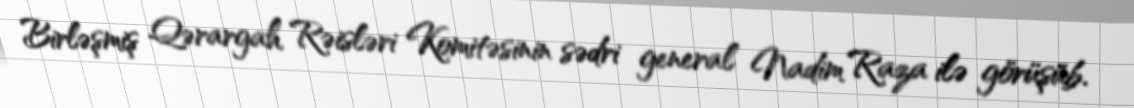
Birləşmiş Qərargah Rəisləri Komitəsinin sədri general Nadim Raza ilə görüşüb.